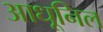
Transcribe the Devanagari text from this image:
आधूनिल